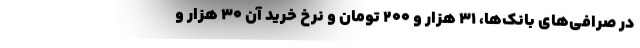
در صرافی‌های بانک‌ها، ۳۱ هزار و ۲۰۰ تومان و نرخ خرید آن ۳۰ هزار و